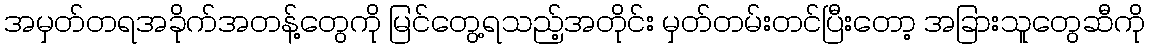
အမှတ်တရအခိုက်အတန့်တွေကို မြင်တွေ့ရသည့်အတိုင်း မှတ်တမ်းတင်ပြီးတော့ အခြားသူတွေဆီကို